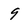
Character: 9